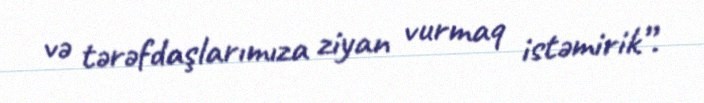
və tərəfdaşlarımıza ziyan vurmaq istəmirik”.